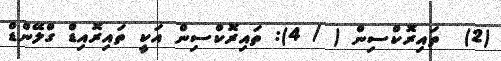
(2)  ތައިރޮކްސިން ( / 4): ތައިރޮކްސިން އަކީ ތައިރޮއިޑް ގްލޭންޑް